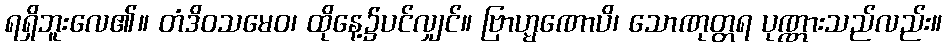
ရရှိဘူးလေ၏။ တံဒိဝသမေဝ၊ ထိုနေ့၌ပင်လျှင်။ ဗြာဟ္မဏောပိ၊ သောဏုတ္တရ ပုဏ္ဏားသည်လည်း။